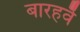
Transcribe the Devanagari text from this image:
बारहवेँ